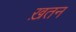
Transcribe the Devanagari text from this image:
ख़तन